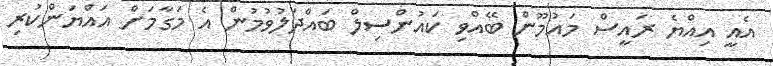
އެއީ އިއްޔެ ރައީސް މައުމޫން ބޭއްވި ކައުންސިލް ބައްދަލުވުމުން އެ މަގާމަށް އައްޔަންކުރި